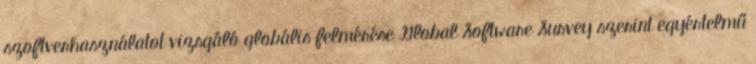
szoftverhasználatot vizsgáló globális felmérése Global Software Survey szerint egyértelmű